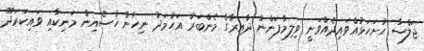
ޖަލްސާ ހުށަހަޅުއްވައިދެއްވަނީ ވިލިމާފަންނު ދާއިރާގެ މެންބަރު އަހުމަދު ނިހާން ހުސެއިން މަނިކާއި ވައިކަރަދޫ